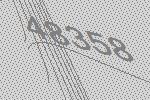
48358